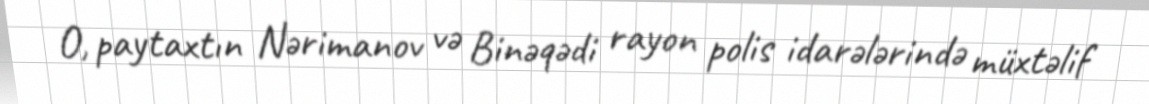
O, paytaxtın Nərimanov və Binəqədi rayon polis idarələrində müxtəlif